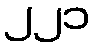
၂၂၁